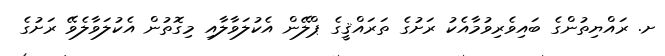
ށ. ރައްޔިތުންގެ ބައިވެރިވުމާއެކު ރަށުގެ ތަރައްޤީގެ ޕްލޭން އެކުލަވާލާއި މިގޮތުން އެކުލަވާލެވޭ ރަށުގެ